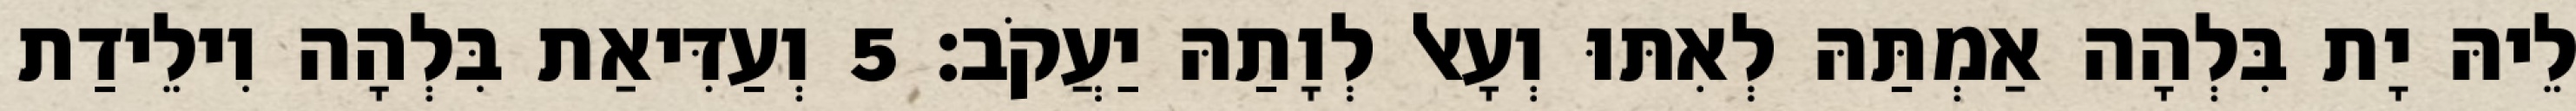
לֵיהּ יָת בִּלְהָה אַמְתַּהּ לְאִתּוּ וְעָאל לְוָתַהּ יַעֲקֹב׃ 5 וְעַדִּיאַת בִּלְהָה וִילֵידַת